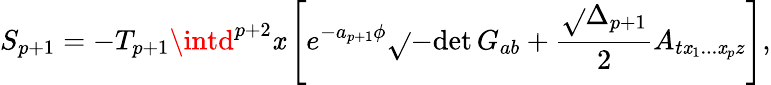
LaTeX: S_{p+1}=-T_{p+1}\intd^{p+2}\mathit{x}\left[e^{-a_{p+1}\phi}\sqrt{}{{-\mathrm{{det}}\, G_{ab}}}+{\frac{{\sqrt{}{{\Delta_{p+1}}}}}{{2}}}A_{t\mathit{x}_{1}...\mathit{x}_{p}z}\right],